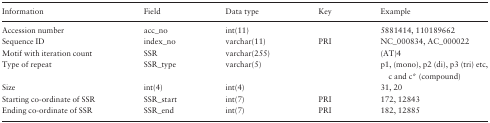
<table><thead><tr><td><b>Information</b></td><td><b>Field</b></td><td><b>Data type</b></td><td><b>Key</b></td><td><b>Example</b></td></tr></thead><tbody><tr><td>Accession number</td><td>acc_no</td><td>int(11)</td><td></td><td>5881414, 110189662</td></tr><tr><td>Sequence ID</td><td>index_no</td><td>varchar(11)</td><td>PRI</td><td>NC_000834, AC_000022</td></tr><tr><td>Motif with iteration count</td><td>SSR</td><td>varchar(255)</td><td></td><td>(AT)4</td></tr><tr><td>Type of repeat</td><td>SSR_type</td><td>varchar(5)</td><td></td><td>p1, (mono), p2 (di), p3 (tri) etc, c and c* (compound)</td></tr><tr><td>Size</td><td>int(4)</td><td>int(4)</td><td></td><td>31, 20</td></tr><tr><td>Starting co-ordinate of SSR</td><td>SSR_start</td><td>int(7)</td><td>PRI</td><td>172, 12843</td></tr><tr><td>Ending co-ordinate of SSR</td><td>SSR_end</td><td>int(7)</td><td>PRI</td><td>182, 12885</td></tr></tbody></table>